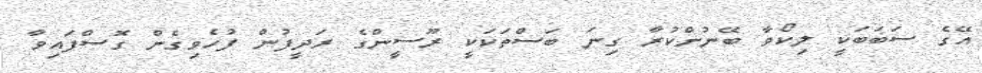
އޭގެ ސަބަބަކީ ލިކޯވާ ބޭނުންކުރާ ގިނަ ބަސްތަކަކީ ރޫސީންގެ ރަދީފުން ފުހެވިގެން ގޮސްފައިވާ